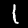
Digit: 1